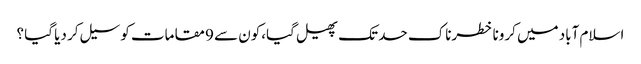
اسلام آباد میں کرونا خطرناک حد تک پھیل گیا،کون سے 9 مقامات کو سیل کر دیا گیا ؟